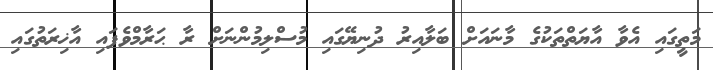
މަތީގައި އެވާ އާޔަތްތަކުގެ މާނައަށް ބަލާއިރު ދުނިޔޭގައި މުސްލިމުންނަށް ރާ ޙަރާމްވެފައި އާޚިރަތުގައި